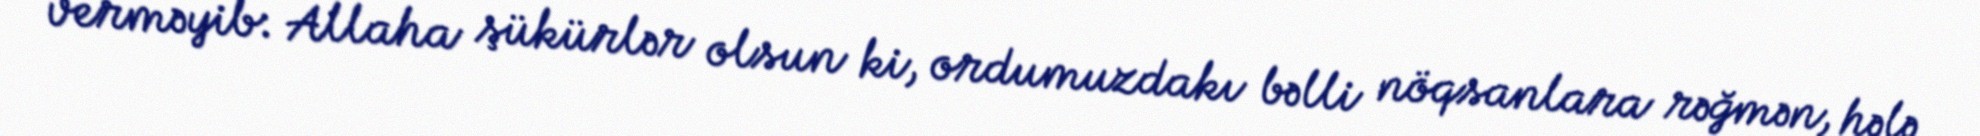
verməyib: Allaha şükürlər olsun ki, ordumuzdakı bəlli nöqsanlara rəğmən, hələ